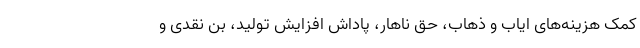
کمک هزینه‌های ایاب و ذهاب، حق ناهار، پاداش افزایش تولید، بن نقدی و